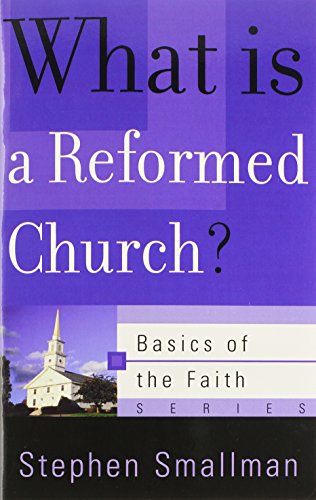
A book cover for What Is a Reformed Church? (Basics of the Faith) (Basics of the Reformed Faith); Stephen Smallman; Christian Books & Bibles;